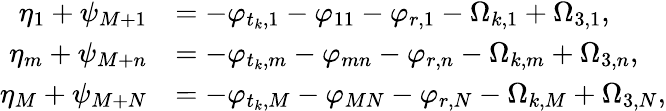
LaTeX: \begin{array}{rl}{\eta_{1}+\psi_{M+1}}&{=-\varphi_{t_{k},1}-\varphi_{11}-\varphi_{r,1}-\Omega_{k,1}+\Omega_{3,1},}\\ {\eta_{m}+\psi_{M+n}}&{=-\varphi_{t_{k},m}-\varphi_{mn}-\varphi_{r,n}-\Omega_{k,m}+\Omega_{3,n},}\\ {\eta_{M}+\psi_{M+N}}&{=-\varphi_{t_{k},M}-\varphi_{MN}-\varphi_{r,N}-\Omega_{k,M}+\Omega_{3,N},}\end{array}